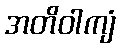
အတိဝါကျံ